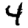
Digit: 4